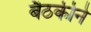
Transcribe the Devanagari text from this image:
बैठकीने